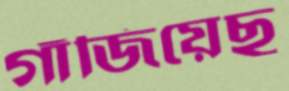
গাঁজিয়েছ